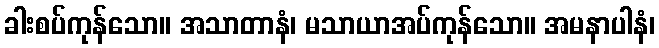
ခါးစပ်ကုန်သော။ အသာတာနံ၊ မသာယာအပ်ကုန်သော။ အမနာပါနံ၊